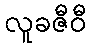
လူခဇီဝီ